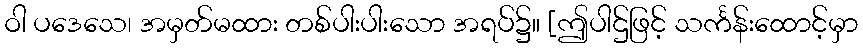
ဝါ ပဒေသေ၊ အမှတ်မထား တစ်ပါးပါးသော အရပ်၌။ [ဤပါဌ်ဖြင့် သင်္ကန်းထောင့်မှာ